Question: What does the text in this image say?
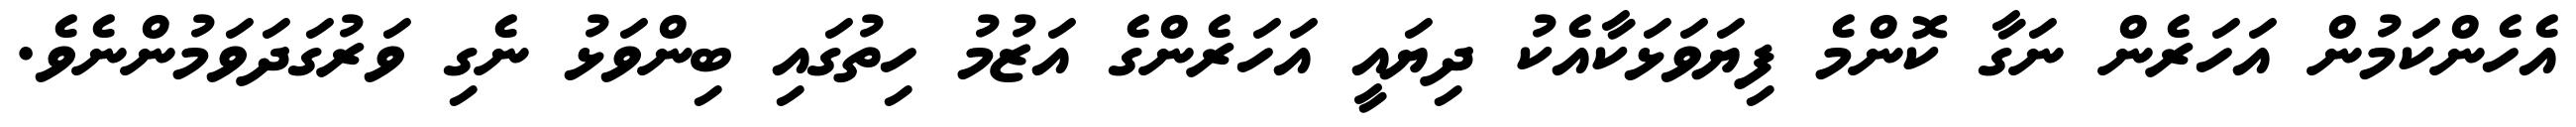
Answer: އެހެންކަމުން އަހަރެން ނަގާ ކޮންމެ ފިޔަވަޅަކާއެކު ދިޔައީ އަހަރެންގެ އަޒުމު ހިތުގައި ބިންވަޅު ނެގި ވަރުގަދަވަމުންނެވެ.